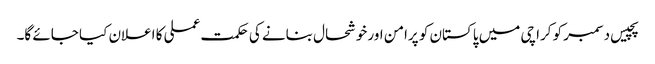
پچیس دسمبر کو کراچی میں پاکستان کو پرامن اور خوشحال بنانے کی حکمت عملی کا اعلان کیا جائے گا۔